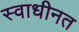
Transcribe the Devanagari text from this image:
स्वाधीनत